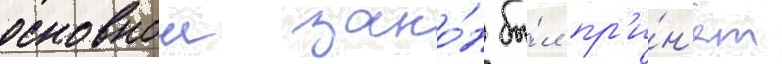
основнои зако́н бы́л пр'и́н'ят